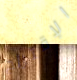
الإقتراح